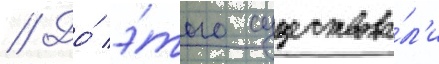
// До́ э́того существова́л'и